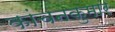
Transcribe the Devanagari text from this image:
कांचनकुमार